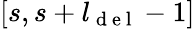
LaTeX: [s,s+l_{\mathrm{~d~e~l~}}-1]